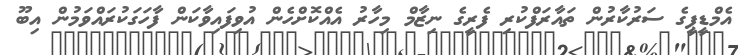
އެމްޑީޕީގެ ސަރުކާރުން ތައާރަފްކުރި ފެރީގެ ނިޒާމް މިހާރު އެއްކޮށްހެން އުވިފައިވާކަން ފާހަގަކުރައްވަމުން އިބޫ